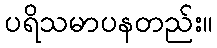
ပရိသမာပနတည်း။